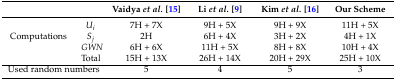
<table><thead><tr><td colspan="2"></td><td><b>Vaidya <i>et al.</i> [15]</b></td><td><b>Li <i>et al.</i> [9]</b></td><td><b>Kim <i>et al.</i> [16]</b></td><td><b>Our Scheme</b></td></tr></thead><tbody><tr><td></td><td><i>U<sub>i</sub></i></td><td>7H + 7X</td><td>9H + 5X</td><td>9H + 9X</td><td>11H + 5X</td></tr><tr><td>Computations</td><td><i>S<sub>j</sub></i></td><td>2H</td><td>6H + 4X</td><td>3H + 2X</td><td>4H + 1X</td></tr><tr><td></td><td><i>GWN</i></td><td>6H + 6X</td><td>11H + 5X</td><td>8H + 8X</td><td>10H + 4X</td></tr><tr><td></td><td>Total</td><td>15H + 13X</td><td>26H + 14X</td><td>20H + 29X</td><td>25H + 10X</td></tr><tr><td colspan="2">Used random numbers</td><td>5</td><td>4</td><td>5</td><td>3</td></tr></tbody></table>